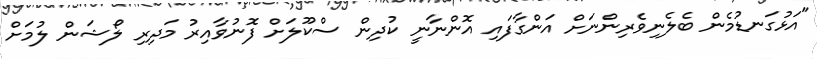
"އަޅުގަނޑުމެން ބެލެނިވެރިންނަށް އަންގާފައި އޮންނާނީ ކުދިން ސްކޫލަށް ފޮނުވާއިރު މަދިރި ލޯޝަން ލުމަށް